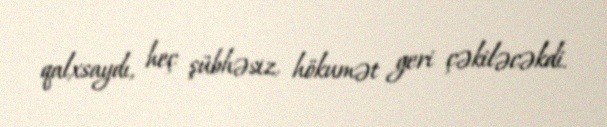
qalxsaydı, heç şübhəsiz, hökumət geri çəkiləcəkdi.